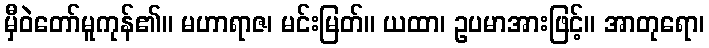
မှီဝဲတော်မူကုန်၏။ မဟာရာဇ၊ မင်းမြတ်။ ယထာ၊ ဥပမာအားဖြင့်။ အာတုရော၊